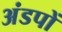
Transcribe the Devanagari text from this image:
अंडपों